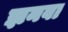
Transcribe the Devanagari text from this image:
झनवा